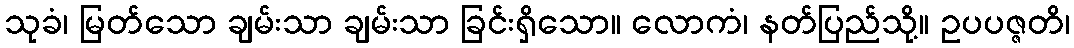
သုခံ၊ မြတ်သော ချမ်းသာ ချမ်းသာ ခြင်းရှိသော။ လောကံ၊ နတ်ပြည်သို့။ ဥပပဇ္ဇတိ၊